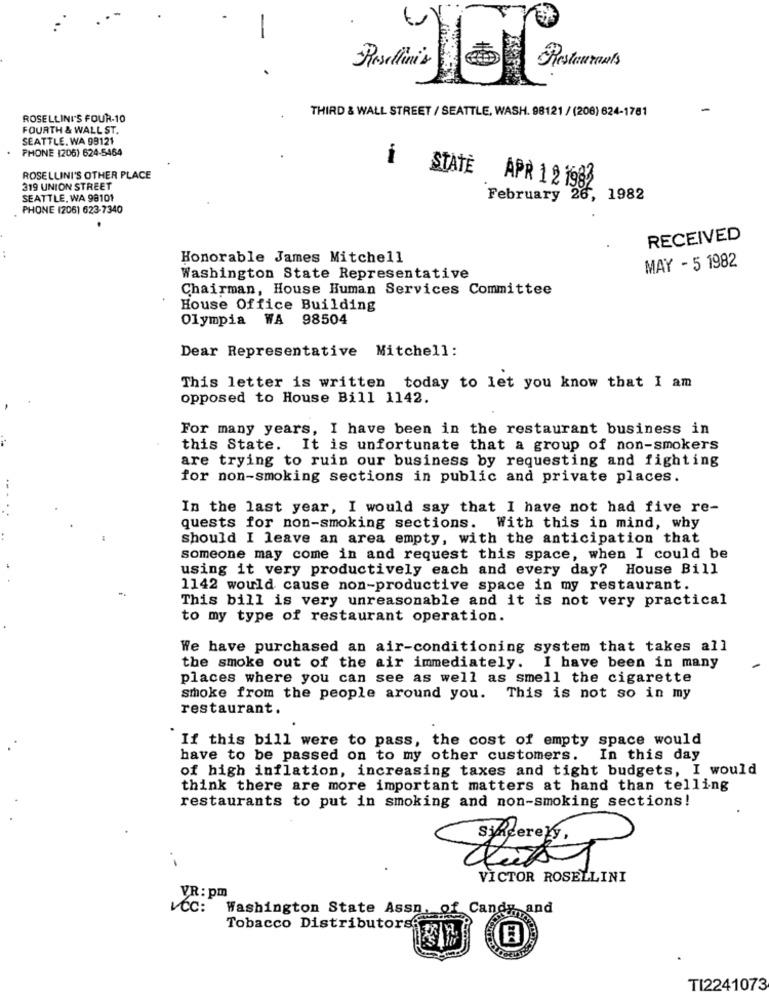
-
Rosellini's
Restaurants
THIRD & WALL STREET / SEATTLE, WASH. 98121 / (208) 624-1781
ROSELLINI'S FOUR-10
FOURTH & WALL ST.
SEATTLE, WA 98121
PHONE 1206) 624-5464
-
ROSELLINI'S OTHER PLACE
319 UNION STREET
STATE APR 1 2 1982
SEATTLE, WA 98101
February
1982
PHONE (206) 623-7340
RECEIVED
Honorable James Mitchell
MAY - 5 1982
Washington State Representative
Chairman, House Human Services Committee
House Office Building
Olympia WA 98504
Dear Representative Mitchell:
This letter is written today to let you know that I am
opposed to House Bill 1142.
For many years, I have been in the restaurant business in
this State. It is unfortunate that a group of non-smokers
are trying to ruin our business by requesting and fighting
for non-smoking sections in public and private places.
In the last year, I would say that I have not had five re-
quests for non-smoking sections. With this in mind, why
should I leave an area empty, with the anticipation that
someone may come in and request this space, when I could be
using it very productively each and every day? House Bill
1142 would cause non-productive space in my restaurant.
This bill is very unreasonable and it is not very practical
to my type of restaurant operation.
We have purchased an air-conditioning system that takes all
the smoke out of the air immediately. I have been in many
places where you can see as well as smell the cigarette
smoke from the people around you. This is not so in my
restaurant.
If this bill were to pass, the cost of empty space would
have to be passed on to my other customers.
In this day
of high inflation, increasing taxes and tight budgets, I would
think there are more important matters at hand than telling
restaurants to put in smoking and non-smoking sections!
VICTOR ROSELLINI
VR: pm
vCc:
Washington State Asso. of Candy and
Tobacco Distributorse
TI2241073